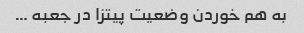
به هم خوردن وضعیت پیتزا در جعبه …